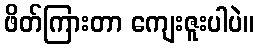
ဖိတ်ကြားတာ ကျေးဇူးပါပဲ။